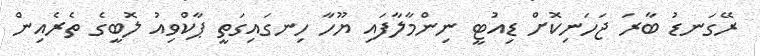
ރޭގަނޑު ބާރަ ޖަހަނިކޮށް ޑިއުޓީ ނިންމާލާފައި ޔޫހާ ހިނގައިގަތީ ޕާކްވިއު ލޮބީގެ ތެރެއިން